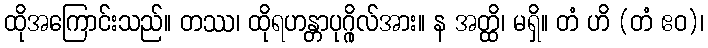
ထိုအကြောင်းသည်။ တဿ၊ ထိုရဟန္တာပုဂ္ဂိုလ်အား။ န အတ္ထိ၊ မရှိ။ တံ ဟိ (တံ ဧဝ)၊